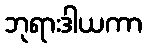
ဘုရားဒါယကာ